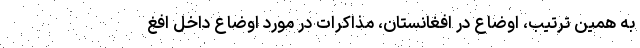
به همین ترتیب، اوضاع در افغانستان، مذاکرات در مورد اوضاع داخل افغ